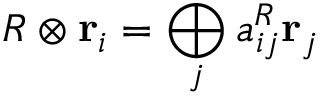
{ \cal R } \otimes { \bf r } _ { i } = \bigoplus _ { j } a _ { i j } ^ { { \cal R } } { \bf r } _ { j }